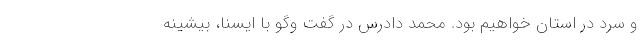
و سرد در استان خواهیم بود. محمد دادرس در گفت وگو با ایسنا، بیشینه